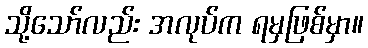
သို့သော်လည်း အလုပ်က ရမှဖြစ်မှာ။